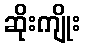
ဆိုးကျိုး